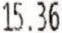
15.36